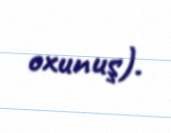
oxunuş).